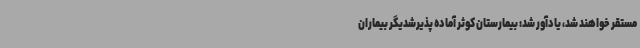
مستقر خواهند شد، یادآور شد: بیمارستان کوثر آماده پذیرشدیگر بیماران